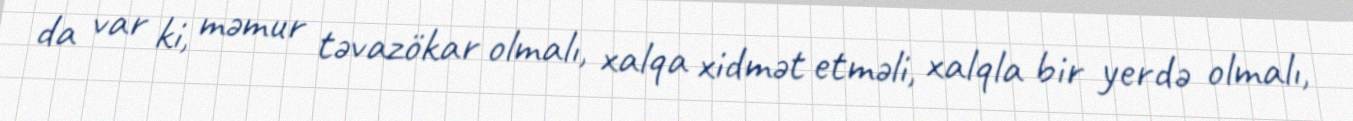
da var ki, məmur təvazökar olmalı, xalqa xidmət etməli, xalqla bir yerdə olmalı,